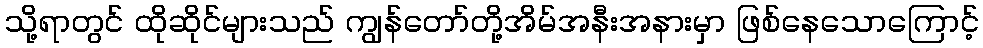
သို့ရာတွင် ထိုဆိုင်များသည် ကျွန်တော်တို့အိမ်အနီးအနားမှာ ဖြစ်နေသောကြောင့်